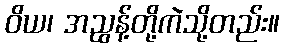
ဝိယ၊ အညွန့်တို့ကဲသို့တည်း။